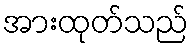
အားထုတ်သည်